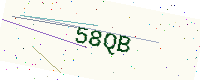
Text: 58QB